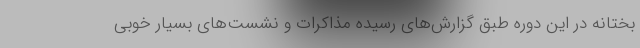
بختانه در این دوره طبق گزارش‌های رسیده مذاکرات و نشست‌های بسیار خوبی